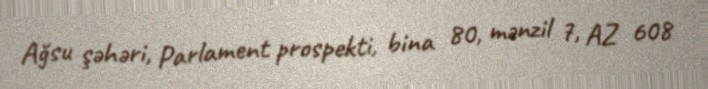
Ağsu şəhəri, Parlament prospekti, bina 80, mənzil 7, AZ 608